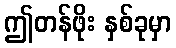
ဤတန်ဖိုး နှစ်ခုမှာ